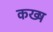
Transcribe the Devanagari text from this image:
कख्ष